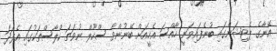
އޭނާގެ ޕެޓިޝަންގައި ބުނެފައިވަނީ ހާއްސަ އެހީއަށް ބޭނުންވާ ސްކޫލް ނުވަތަ ކްލާސްތަކުގައި އެފަދަ